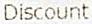
DISCOUNT